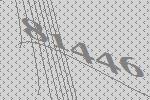
81446